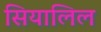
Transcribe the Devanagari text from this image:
सियालिल